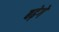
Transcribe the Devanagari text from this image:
बढ़ेगे